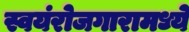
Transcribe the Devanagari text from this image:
स्वयंरोजगारामध्ये